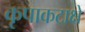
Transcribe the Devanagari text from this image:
कृपाकटाक्षे